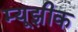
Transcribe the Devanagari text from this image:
म्यूझीक